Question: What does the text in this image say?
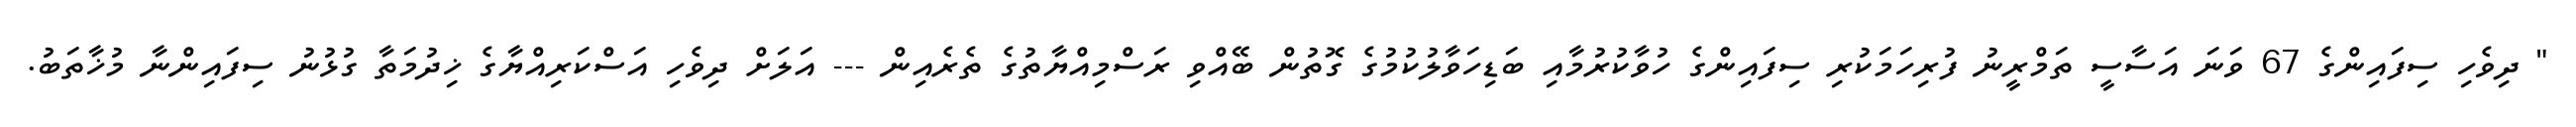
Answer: " ދިވެހި ސިފައިންގެ 67 ވަނަ އަސާސީ ތަމްރީނު ފުރިހަމަކުރި ސިފައިންގެ ހުވާކުރުމާއި ބަޑިހަވާލުކުމުގެ ގޮތުން ބޭއްވި ރަސްމިއްޔާތުގެ ތެރެއިން --- އަލަށް ދިވެހި އަސްކަރިއްޔާގެ ޚިދުމަތާ ގުޅުނު ސިފައިންނާ މުޚާތަބު.